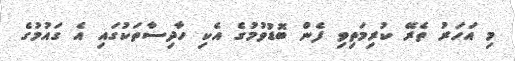
މި އަހަރު ތެރޭ ކުރިމަތިވި ފެން ބޮޑުވުމުގެ އެކި ހާދިސާތަކުގައި އެ ގައުމުގެ